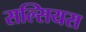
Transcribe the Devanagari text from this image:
सल्सियस